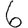
Digit: 6